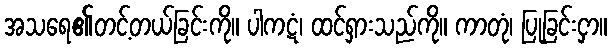
အသရေ၏တင့်တယ်ခြင်းကို။ ပါကဋံ၊ ထင်ရှားသည်ကို။ ကာတုံ၊ ပြုခြင်းငှာ။